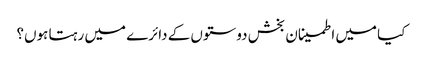
کیا میں اطمینان بخش دوستوں کے دائرے میں رہتا ہوں؟